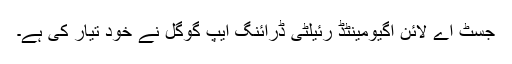
جسٹ اے لائن اگیومینٹڈ رئیلٹی ڈرائنگ ایپ گوگل نے خود تیار کی ہے۔